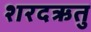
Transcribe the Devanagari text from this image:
शरदऋतु